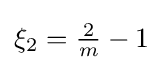
{\textstyle \xi _{2}={\frac {2}{m}}-1}